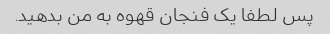
پس لطفا یک فنجان قهوه به من بدهید.